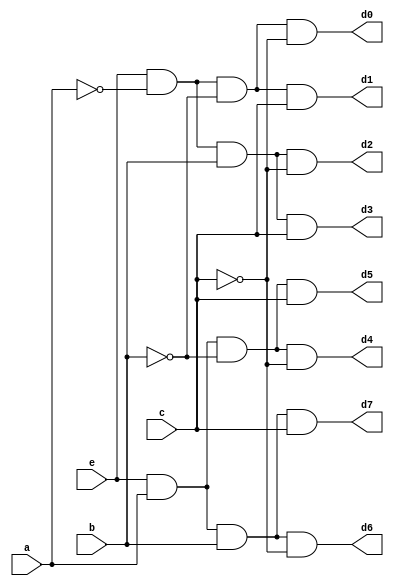
`timescale 1ns / 1ps
//////////////////////////////////////////////////////////////////////////////////
// Company: 
// Engineer: 
// 
// Design Name: 
// Module Name: decoder_structural
// Project Name: 
// Target Devices: 
// Tool Versions: 
// Description: 
// 
// Dependencies: 
// 
// Revision:
// Revision 0.01 - File Created
// Additional Comments:
// 
//////////////////////////////////////////////////////////////////////////////////


module Decoder_structural(
    input e,
    input a,
    input b,
    input c,
    output d0,
    output d1,
    output d2,
    output d3,
    output d4,
    output d5,
    output d6,
    output d7
    );
    
    // Defining wires for not signals
    wire a_not, b_not, c_not;
    
    // Instantiating Not Gates as per the schematic
    not n0 (a_not, a);
    not n1 (b_not, b);
    not n2 (c_not, c);
    
    // Instantiating and gates as per the schematic
    and g0 (d0, e, a_not, b_not, c_not);
    and g1 (d1, e, a_not, b_not, c);
    and g2 (d2, e, a_not, b, c_not);
    and g3 (d3, e, a_not, b, c);
    and g4 (d4, e, a, b_not, c_not);
    and g5 (d5, e, a, b_not, c);
    and g6 (d6, e, a, b, c_not);
    and g7 (d7, e, a, b, c);
    
    
endmodule